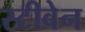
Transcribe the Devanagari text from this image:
स्‍टीवेन